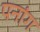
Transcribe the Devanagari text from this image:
पनांग